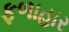
ફળાહાર